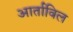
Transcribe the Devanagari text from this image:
आर्ताविल